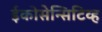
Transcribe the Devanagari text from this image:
ईकोसेन्सिटिव्ह